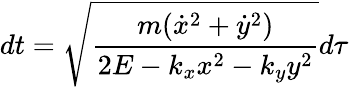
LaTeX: dt=\sqrt{\frac{m(\dot{x}^{2}+\dot{y}^{2})}{2E-k_{x}x^{2}-k_{y}y^{2}}}d\tau